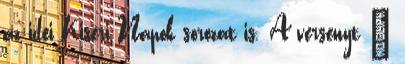
az idei Kiséri Napok sorozat is. A versenyt –